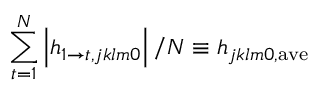
\sum _ { t = 1 } ^ { N } \left| h _ { 1 \rightarrow t , j k l m 0 } \right| / N \equiv h _ { j k l m 0 , \mathrm { a v e } }